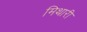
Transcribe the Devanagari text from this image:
मिथारी